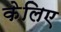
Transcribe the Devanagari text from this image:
केलिए